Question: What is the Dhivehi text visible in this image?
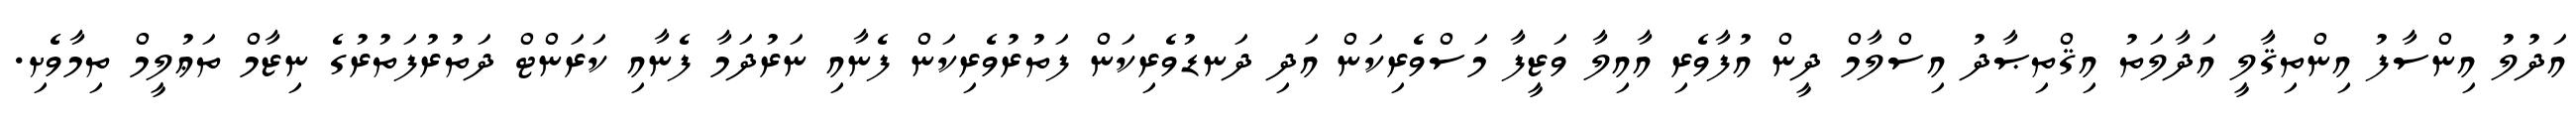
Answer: އަދުލު އިންސާފު އިންތިޤާލީ އަދާލަތު އިޤްތިޞާދު އިސްލާމް ދީން އުފާވެރި އާއިލާ ވަޒީފާ މަސްވެރިކަން އަދި ދަނޑުވެރިކަން ފަތުރުވެރިކަން ފެނާއި ނަރުދަމާ ފެނާއި ކަރަންޓް ދަތުރުފަތުރުގެ ނިޒާމް ތަޢުލީމް ތިމާވެށި.